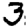
Digit: 3